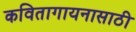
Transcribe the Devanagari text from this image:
कवितागायनासाठी